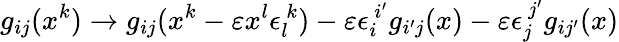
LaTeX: g_{ij}(x^{k})\rightarrow g_{ij}(x^{k}-\varepsilon x^{l}\epsilon_{l}^{~k})-\varepsilon\epsilon_{i}^{~i^{\prime}}g_{i^{\prime}j}(x)-\varepsilon\epsilon_{j}^{~j^{\prime}}g_{ij^{\prime}}(x)